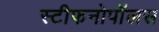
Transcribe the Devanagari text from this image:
स्टीफनोपॉलस